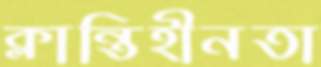
ক্লান্তিহীনতা